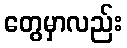
တွေမှာလည်း